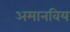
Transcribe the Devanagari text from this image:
अमानविय